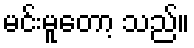
မင်းမူတော့ သည်။